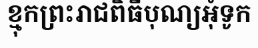
ខ្មុកព្រះរាជពិធីបុណ្យអុំទូក